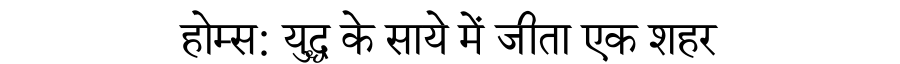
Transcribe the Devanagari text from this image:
होम्स: युद्ध के साये में जीता एक शहर